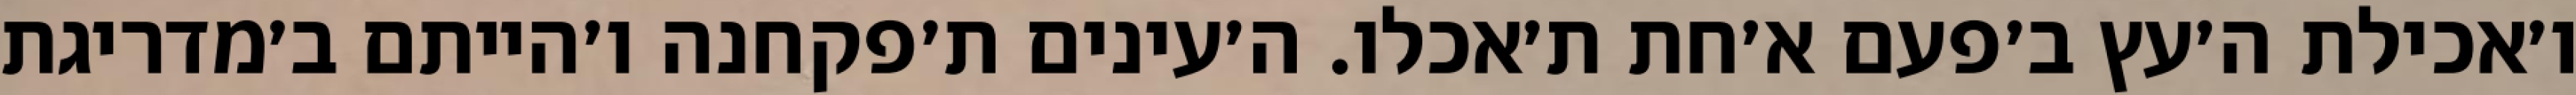
ו׳אכילת ה׳עץ ב׳פעם א׳חת ת׳אכלו. ה׳עינים ת׳פקחנה ו׳הייתם ב׳מדריגת